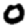
Digit: 0